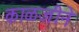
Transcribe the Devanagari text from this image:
काळजीने